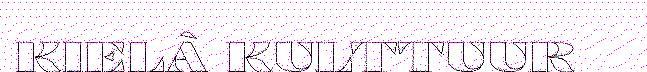
KIELÂ KULTTUUR